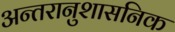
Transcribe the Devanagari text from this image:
अन्तरानुशासनिक